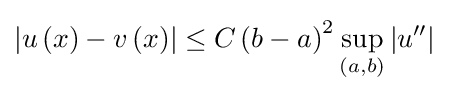
\left\vert u\left(x\right)-v\left(x\right)\right\vert \leq C\left(b-a\right)^{2}\sup _{\left(a,b\right)}\left\vert u^{\prime \prime }\right\vert